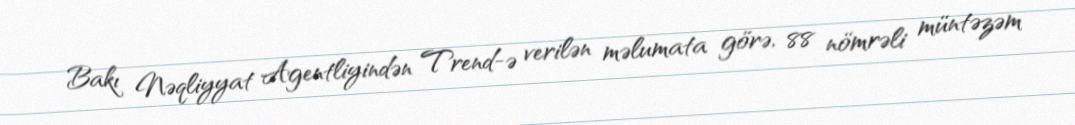
Bakı Nəqliyyat Agentliyindən Trend-ə verilən məlumata görə, 88 nömrəli müntəzəm